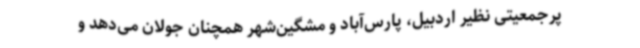
پرجمعیتی نظیر اردبیل، پارس‌آباد و مشگین‌شهر همچنان جولان می‌دهد و